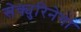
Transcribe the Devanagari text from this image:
सेक्युरिनेगा